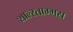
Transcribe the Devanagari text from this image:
शाल्स्ताम्भस